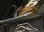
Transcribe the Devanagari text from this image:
दंडधरी